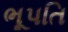
ભૂપતિ